Lunatic asylums Burma 1922-24 - 1922-1924
Year: 1922
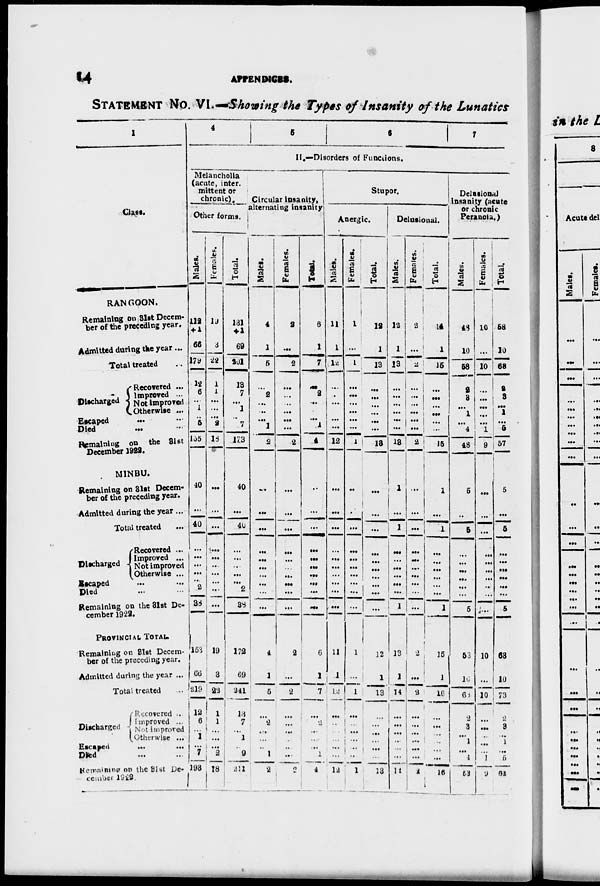
14
APPENDICES.
STATEMENT No. VI.—Showing the types of Insanity of the Lunatics
1
Class.
RANGOON.
Remaining on 31st Decem¬
ber of the preceding year.
Admitted during the year ...
Total treated ...
Discharged
Recovered ...
Improved ...
Not improved
Otherwise ...
Escaped ... ...
Died
...
...
Remaining on the 31st
December 1922.
MINBU.
Remaining on 31st Decem-
ber of the preceding year.
Admitted during the year ...
Total treated ...
Discharged
Recovered ...
Improved ...
Not improved
Otherwise ...
Escaped
...
...
Died ... ...
Remaining on the 31st De-
cember 1922.
PROVINCIAL TOTAL.
Remaining on 31st Decem-
ber of the preceding year.
Admitted during the year ...
Total treated ...
Discharged
Recovered ...
Improved ...
Not improved ...
Otherwise ...
Escaped
...
...
Died ... ...
Remaining
on the 31st De¬
cember 1922.
4
5
6
7
11 .—Disorders of Functions.
Melancholia
(acute, inter¬
mittent or
chronic).
Other forms.
Males.
112
+ 1
66
179
12
6
...
1
...
5
155
40
...
40
...
...
...
...
...
2
38
153
66
219
12 6
...
1
...
7
193
Females.
19
3
22
1
1
...
...
...
2
18
...
...
...
...
...
...
...
...
...
...
19
3
22
1
1
...
...
...
2
18
Total.
131
+1
69
201
13
7
...
1
...
7
173
40
...
40
...
...
...
...
...
2
38
172
69
241
13
7
...
1
...
9
211
Circular insanity,
alternating insanity
Males.
4
1
5
...
2
...
...
...
1
2
...
...
...
...
...
...
...
...
...
...
4
1
5
...
2
...
...
...
1
2
Females.
2
...
2
...
...
...
...
...
...
2
...
...
...
...
...
...
...
...
...
...
2
...
2
...
...
...
...
...
...
2
Total.
6
1
7
...
2
...
...
...
1
4
...
...
...
...
...
...
...
...
...
...
6
1
7
...
2
...
...
...
1
4
Stupor.
Anergic.
Males.
11
1
12
...
...
...
...
...
...
12
...
...
...
...
...
...
...
...
...
...
11
1
12
...
...
...
...
...
...
12
Females.
1
...
1
...
...
...
...
...
...
1
...
...
...
...
...
...
...
...
...
...
1
...
1
...
...
...
...
...
...
1
Total.
12
1
13
...
...
...
...
...
...
13
...
...
...
...
...
...
...
...
...
...
12
1
13
...
...
...
...
...
...
13
Delusional.
Males.
12
1
13
...
...
...
...
...
...
13
1
...
1
...
...
...
...
...
...
1
13
1
14
...
...
...
..
...
...
14
Females.
2
...
2
...
...
...
...
...
...
2
...
...
...
...
...
...
...
...
...
...
2
...
2
...
...
...
...
...
...
2
Total.
14
1
15
...
...
...
...
...
...
15
1
...
1
...
...
...
...
...
...
1
15
1
16
...
...
...
...
...
...
16
Delusional
insanity (acute
or chronic
Peranoia.)
Males.
48
10
58
2
3
...
1
...
4
48
5
...
5
...
...
...
...
...
...
5
53
10
63
2
3
...
1
...
4
53
Females.
10
...
10
...
...
...
...
...
1
9
...
...
...
...
...
...
...
...
...
...
10
...
10
...
...
...
...
...
1
9
Total.
58
10
68
2
3
...
1
...
5
57
5
...
5
...
...
...
...
...
...
5
63
10
73
2
3
...
1
...
5
62